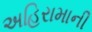
અહિરામાની